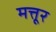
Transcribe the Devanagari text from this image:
मत्तूर